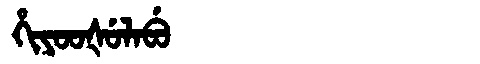
Manchu: ᡥᡳᠶᠣᠣᡧᡠᠯᠠᠪᡠ
Romanization: HIYOOŠULABU